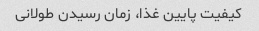
کیفیت پایین غذا، زمان رسیدن طولانی